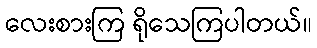
လေးစားကြ ရိုသေကြပါတယ်။